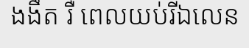
ងងឹត រឺ ពេលយប់រីឯលេន